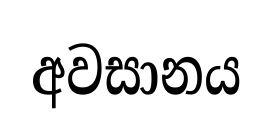
අවසානය